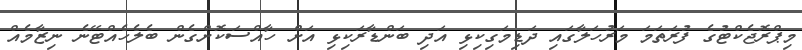
މިޕްރޮޖެކްޓުގެ ފުރަތަމަ މަރުހަލާގައި ދަޑިމަގިކިޅި އަދި ބަންޑާރަކިޅި އަށް ހާއްސަކޮށްގެން ބެލެހެއްޓޭނެ ނިޒާމެއް